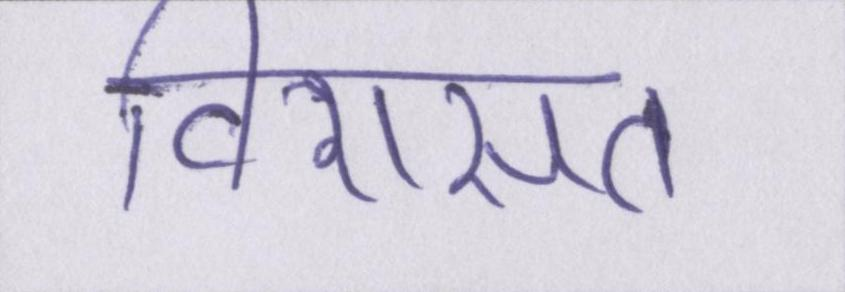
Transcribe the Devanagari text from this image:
विरासत